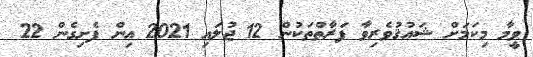
ވީމާ މިކަމަށް ޝައުޤުވެރިވާ ފަރާތްތަކުން 12 ޖުލައި 2021 އިން ފެށިގެން 22